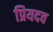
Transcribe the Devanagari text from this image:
प्रियदव